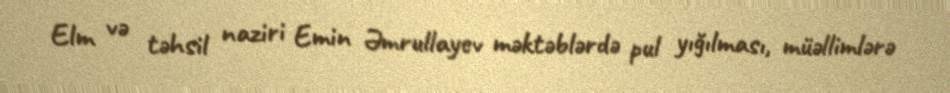
Elm və təhsil naziri Emin Əmrullayev məktəblərdə pul yığılması, müəllimlərə